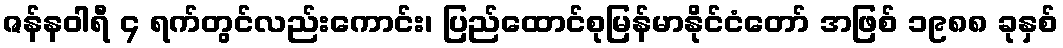
ဇန်နဝါရီ ၄ ရက်တွင်လည်းကောင်း၊ ပြည်ထောင်စုမြန်မာနိုင်ငံတော် အဖြစ် ၁၉၈၈ ခုနှစ်